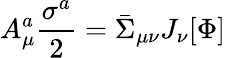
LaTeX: A_{\mu}^{a}\frac{\sigma^{a}}{2}=\bar{\Sigma}_{\mu\nu}J_{\nu}[\Phi]